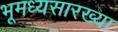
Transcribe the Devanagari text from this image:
भूमध्यसारख्या